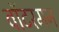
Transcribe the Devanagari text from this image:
वॉटरमन